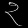
Digit: ၃